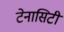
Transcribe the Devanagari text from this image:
टेनासिटी